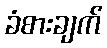
ခံစားချက်